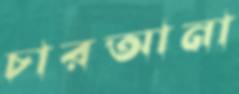
চারআনা